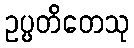
ဥပ္ပတိတေသု